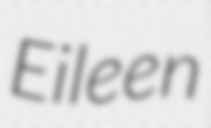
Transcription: Eileen